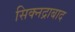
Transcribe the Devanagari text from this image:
सिक्नद्राबाद